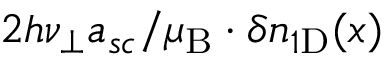
2 h \nu _ { \perp } a _ { s c } / \mu _ { \mathrm { B } } \cdot \delta n _ { 1 \mathrm { D } } ( x )